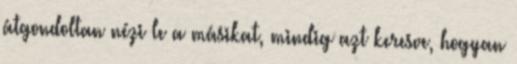
átgondoltan nézi le a másikat, mindig azt keresve, hogyan